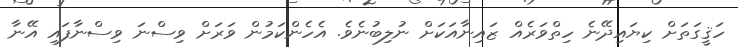
ހަޤީގަތަށް ކިޔައިދޭނެ ހިތްވަރެއް ޒައިނާއަކަށް ނުލިބުނެވެ. އެހެންކަމުން ވަރަށް ވިސްނަ ވިސްނާފައި އޭނާ